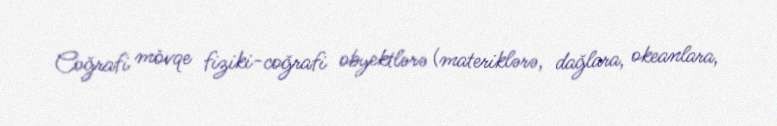
Coğrafi mövqe fiziki-coğrafi obyektlərə (materiklərə, dağlara, okeanlara,